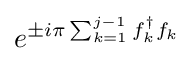
e^{\pm i\pi \sum _{k=1}^{j-1}f_{k}^{\dagger }f_{k}}